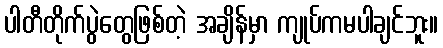
ပါတီတိုက်ပွဲတွေဖြစ်တဲ့ အချိန်မှာ ကျုပ်ကမပါချင်ဘူး။